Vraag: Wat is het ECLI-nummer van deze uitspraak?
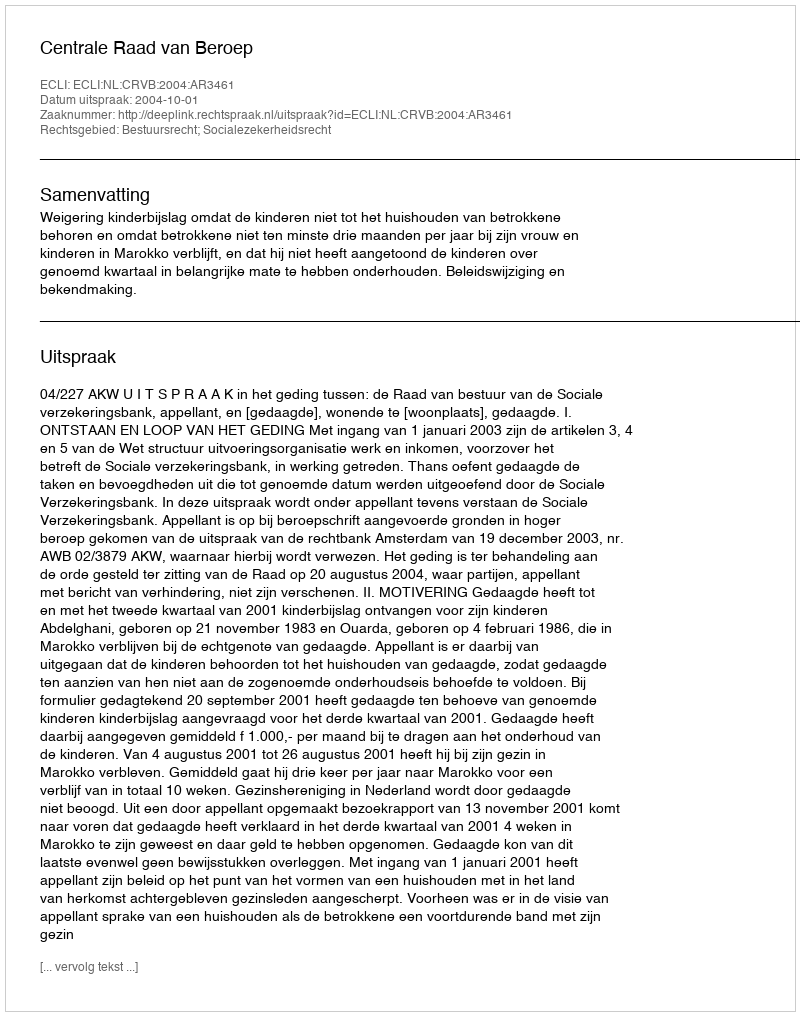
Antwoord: ECLI:NL:CRVB:2004:AR3461